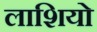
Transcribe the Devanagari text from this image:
लाशियो